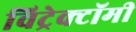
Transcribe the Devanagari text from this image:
विट्रेक्टॉमी